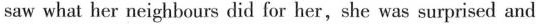
saw what her neighbours did for her, she was surprised and